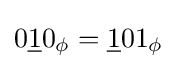
0{\underline {1}}0_{\phi }={\underline {1}}01_{\phi }